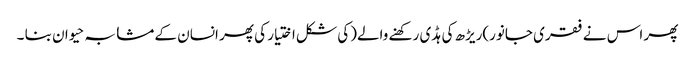
پھر اس نے فقری جانور)ریڑھ کی ہڈی رکھنے والے(کی شکل اختیار کی پھر انسان کے مشابہ حیوان بنا ۔